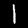
Label: 1